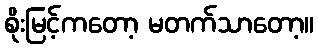
စိုးမြင့်ကတော့ မတက်သာတော့။